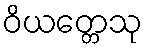
ဝိယတ္တေသု